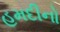
હમદીનો